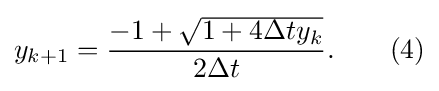
y_{k+1}={\frac {-1+{\sqrt {1+4\Delta ty_{k}}}}{2\Delta t}}.\quad \quad (4)